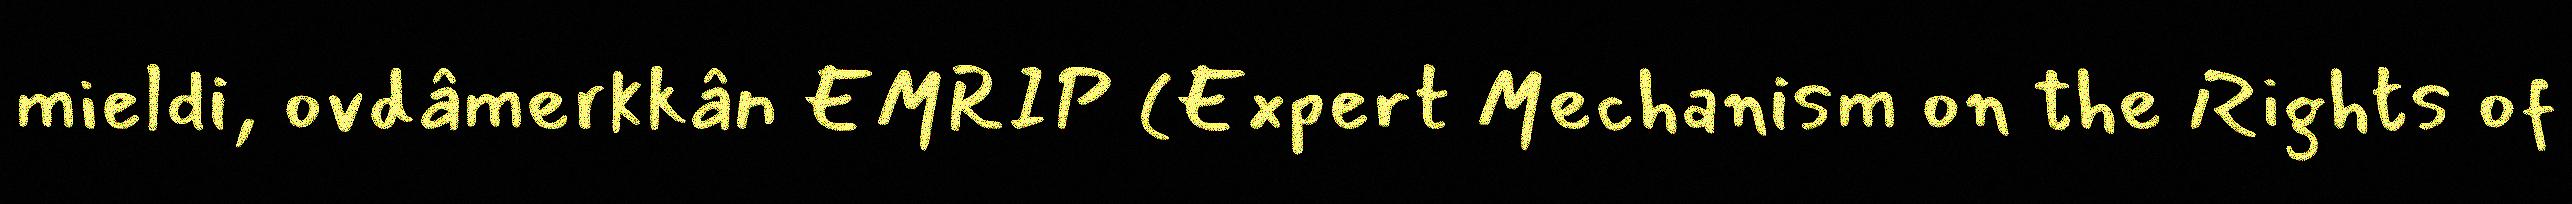
mieldi, ovdâmerkkân EMRIP (Expert Mechanism on the Rights of